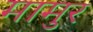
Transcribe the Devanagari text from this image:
मामुर